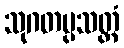
သုဂတပ္ပသတ္ထံ